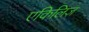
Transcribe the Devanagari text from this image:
एकिलिज़